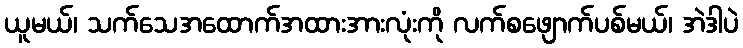
ယူမယ်၊ သက်သေအထောက်အထားအားလုံးကို လက်စဖျောက်ပစ်မယ်၊ အဲဒါပဲ